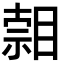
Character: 𥈷